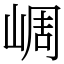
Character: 㟘